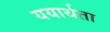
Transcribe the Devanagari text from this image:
ययार्थता